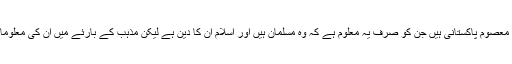
ایسے بہت سارئے معصوم پاکستانی ہیں جن کو صرف یہ معلوم ہے کہ وہ مسلمان ہیں اور اسلام ان کا دین ہے لیکن مذہب کے بارئے میں ان کی معلومات کچھ نہیں ہوتیں۔